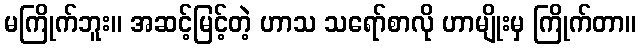
မကြိုက်ဘူး။ အဆင့်မြင့်တဲ့ ဟာသ သရော်စာလို ဟာမျိုးမှ ကြိုက်တာ။